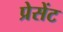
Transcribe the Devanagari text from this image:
प्रेसेंट